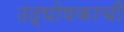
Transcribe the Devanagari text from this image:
उद्घोषकाची